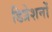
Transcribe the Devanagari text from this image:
डिप्रेशनों